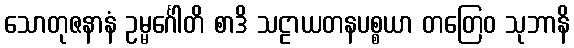
သောတုဇနာနံ ဥမ္မင်္ဂေါတိ စာဒိ သဠာယတနပစ္စယာ တတြေဝ သုဘာနိ